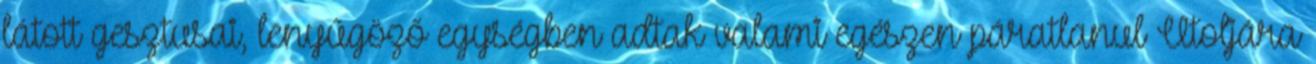
látott gesztusai, lenyűgöző egységben adtak valami egészen páratlanul Utoljára